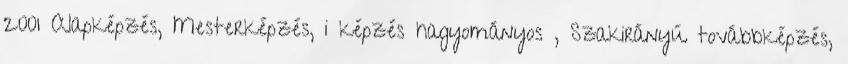
2001 Alapképzés, Mesterképzés, i képzés hagyományos , Szakirányú továbbképzés,